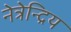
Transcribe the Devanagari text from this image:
नेत्रेन्द्रिय